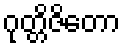
ဂုတ္တိဇိတော